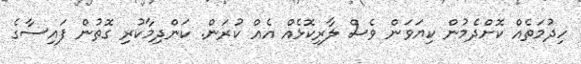
ހިދުމަތެއް ކޮށްދެމުން ކިޔަވަން ވެސް ލާރިކޮޅެއް އެއް ކުރަން. ކަންދިމާކުރި ގޮތުން ފައިސާގެ